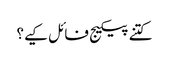
کتنے پیکیج فائل کیے؟